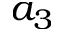
a _ { 3 }